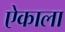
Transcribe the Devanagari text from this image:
ऐकाला